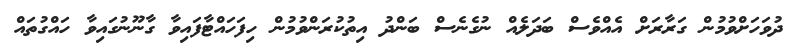
ދުވަހަށްވުމުން ގަރާރަށް އެއްވެސް ބަދަލެއް ނުގެނެސް ބަންދު އިތުކުރަންވުމުން ހިފަހައްޓާފައިވާ ގާނޫނުގައިވާ ހައްގުތައް